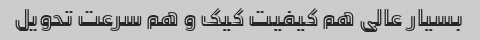
بسیار عالی هم کیفیت کیک و هم سرعت تحویل